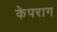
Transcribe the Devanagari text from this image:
केपराग